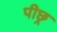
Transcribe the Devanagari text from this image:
पीछ्र